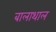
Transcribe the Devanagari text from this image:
बालाथाल